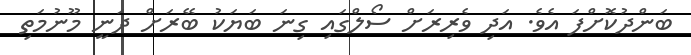
ބަންދުކޮށްފަ އެވެ. އަދި ވެރިރަށް ސޯލްގައި ގިނަ ބަޔަކު ބޭރަށް ދަނީ މޫނުމަތި